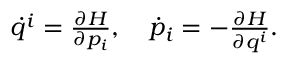
\begin{array} { r } { \dot { q } ^ { i } = \frac { \partial H } { \partial p _ { i } } , \quad \dot { p } _ { i } = - \frac { \partial H } { \partial q ^ { i } } . } \end{array}